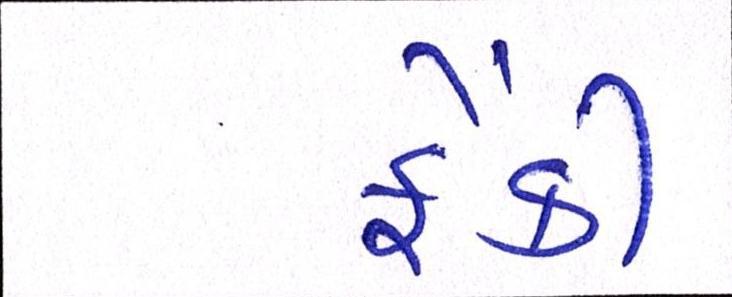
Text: ફેંકી